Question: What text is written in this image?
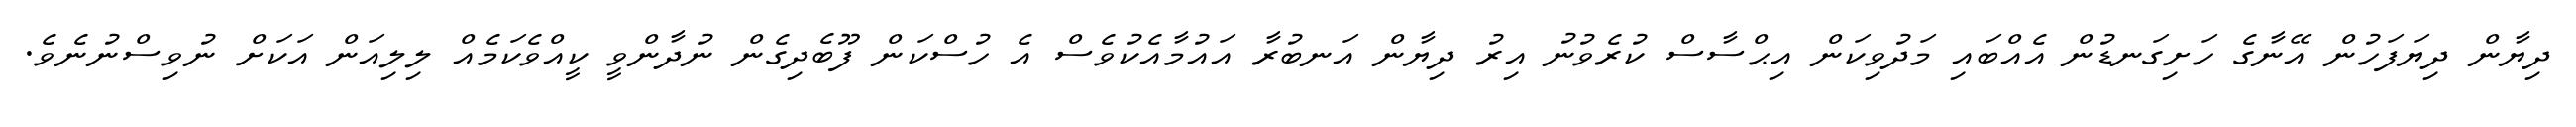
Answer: ދިޔާން ދިޔަފަހުން އޭނާގެ ހަށިގަނޑުން އެއްބައި މަދުވިކަން އިޙްސާސް ކުރެވުނު އިރު ދިޔާން އަނބުރާ އައުމާއެކުވެސް އެ ހުސްކަން ފޫބެދިގެން ނުދާންވީ ކީއްވެކަމެއް ލިލިއަން އަކަށް ނުވިސްނުނެވެ.